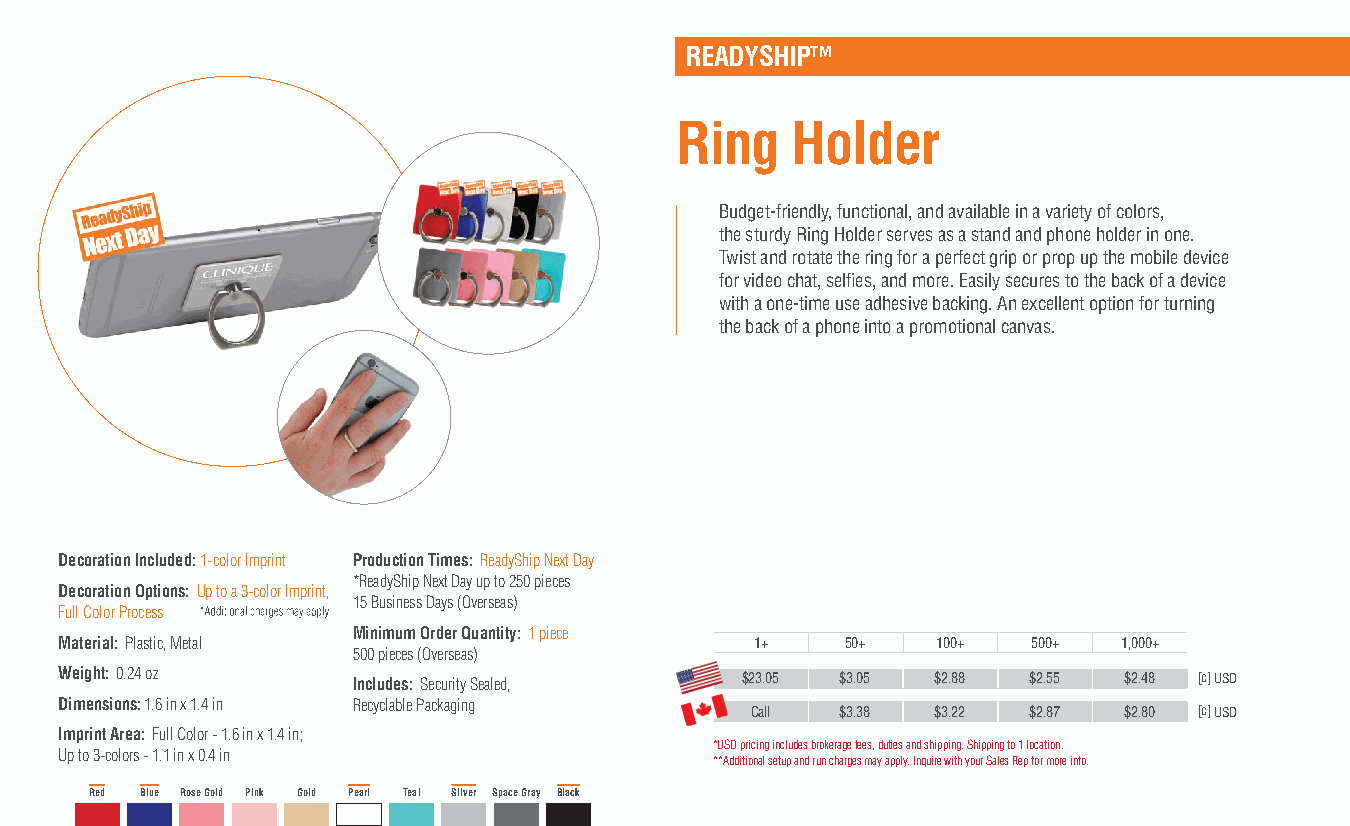
READYSHIP™
 Ring   Holder
 Budget-friendly, functional, and available in a variety of colors,
 the sturdy Ring Holder serves as a stand and phone holder in one.
 Twist and rotate the ring for a perfect grip or prop up the mobile device
 for video chat, selfies, and more. Easily secures to the back of a device
 with a one-time use adhesive backing. An excellent option for turning
 the back of a phone into a promotional canvas.
 Decoration Included: 1-color Imprint Production Times: ReadyShip Next Day
 *ReadyShip Next Day up to 250 pieces
 Decoration Options: Up to a 3-color Imprint,
 15 Business Days (Overseas)
 Full Color Process
 Minimum Order Quantity: 1 piece
 Material: Plastic, Metal                      1+    50+   100+  500+  1,000+
 500 pieces (Overseas)
 Weight: 0.24 oz    Includes: Security Sealed, $23.05 $3.05 $2.88 $2.55 $2.48 [c] USD
 Dimensions: 1.6 in x 1.4 in Recyclable Packaging
 Call  $3.38 $3.22 $2.87 $2.80 [c] USD
 Imprint Area: Full Color - 1.6 in x 1.4 in;
 *USD pricing includes brokerage fees, duties and shipping. Shipping to 1 location.
 Up to 3-colors - 1.1 in x 0.4 in
 **Additional setup and run charges may apply. Inquire with your Sales Rep for more info.
 Red Blue Rose Gold Pink Gold Pearl Teal Silver Space Gray Black